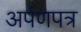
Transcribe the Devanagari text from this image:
अर्पणपत्र